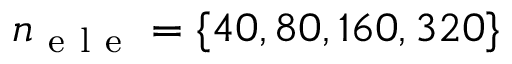
n _ { \mathrm { ~ e ~ l ~ e ~ } } = \{ 4 0 , 8 0 , 1 6 0 , 3 2 0 \}